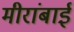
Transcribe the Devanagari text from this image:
मीरांबाई